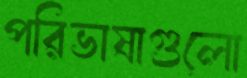
পরিভাষাগুলো